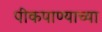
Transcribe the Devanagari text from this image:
पीकपाण्याच्या